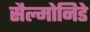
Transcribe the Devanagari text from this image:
सैल्मोनिडे